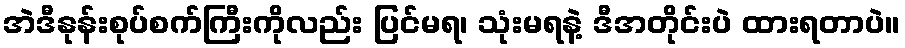
အဲဒီနုန်းစုပ်စက်ကြီးကိုလည်း ပြင်မရ၊ သုံးမရနဲ့ ဒီအတိုင်းပဲ ထားရတာပဲ။